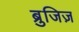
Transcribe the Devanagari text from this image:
ब्रुजिज़